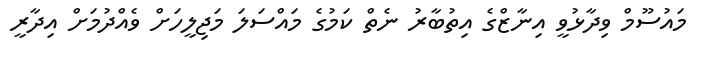
މައުސޫމް ވިދާޅުވީ އިނާޒްގެ އިތުބާރު ނެތް ކަމުގެ މައްސަލަ މަޖިލީހަށް ވެއްދުމަށް އިދާރީ